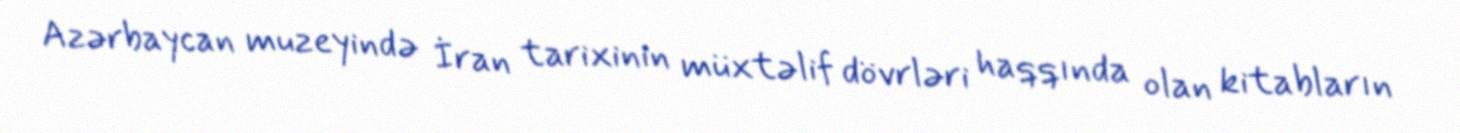
Azərbaycan muzeyində İran tarixinin müxtəlif dövrləri haqqında olan kitabların